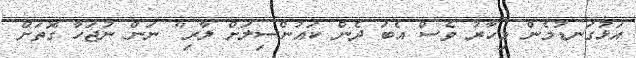
އަޅުގަނޑުމެން މިހާރު ވެސް އެބަ ދެން ކައުންސިލަށް ލާރި" ނަން ނުޖަހާ ގޮތަށް